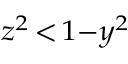
\scriptstyle z ^ { 2 } \, < \, 1 - y ^ { 2 }